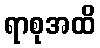
ရာစုအထိ